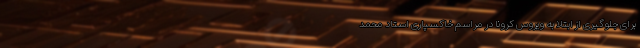
برای جلوگیری از ابتلا به ویروس کرونا در مراسم خاکسپاری استاد محمد